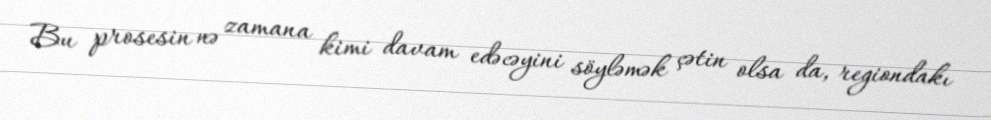
Bu prosesin nə zamana kimi davam edəcəyini söyləmək çətin olsa da, regiondakı